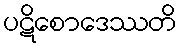
ပဋိစောဒေဿတိ